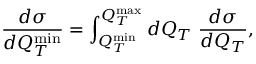
\frac { d \sigma } { d Q _ { T } ^ { \operatorname * { m i n } } } = \int _ { Q _ { T } ^ { \operatorname * { m i n } } } ^ { Q _ { T } ^ { \operatorname * { m a x } } } d Q _ { T } \; \frac { d \sigma } { d Q _ { T } } ,